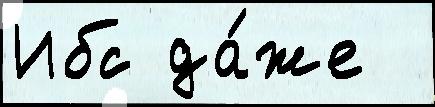
Ибс да́же